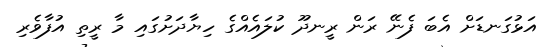
އަޅުގަނޑަށް އެބަ ފެނޭ ރަން ރީނދޫ ކުލައެއްގެ ހިޔާދަށުގައި މާ ރީތި އުފާވެރި